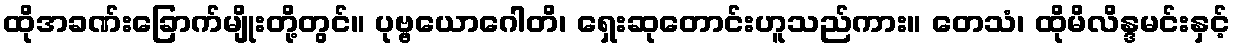
ထိုအခဏ်းခြောက်မျိုးတို့တွင်။ ပုဗ္ဗယောဂေါတိ၊ ရှေးဆုတောင်းဟူသည်ကား။ တေသံ၊ ထိုမိလိန္ဒမင်းနှင့်